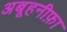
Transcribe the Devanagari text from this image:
अबूहनीफ़ा